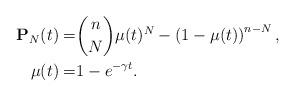
LaTeX: \begin{align*}\mathbf{P}_N(t) =& {{n}\choose{N}} \mu(t)^N - \left(1-\mu(t)\right)^{n-N},\\\mu(t) =& 1- e^{-\gamma t}. \end{align*}